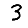
Digit: 3